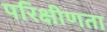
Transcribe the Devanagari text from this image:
परिक्षीणता